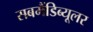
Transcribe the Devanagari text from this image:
सबमैंडिब्यूलर